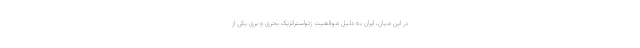
در این میان، ایران به دلیل موقعیت ژئواستراتژیک بحری و برّی یکی از